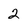
Character: 2